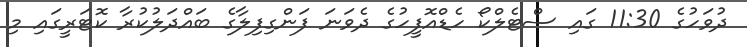
ދުވަހުގެ 11:30 ގައި ސްޓެލްކޯ ހެޑްއޮފީހުގެ ދެވަނަ ފަންގިފިލާގެ ބައްދަލުކުރާ ކޮޓަރީގައި މި